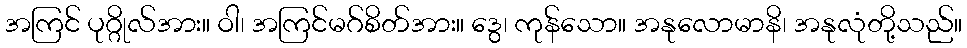
အကြင် ပုဂ္ဂိုလ်အား။ ဝါ၊ အကြင်မဂ်စိတ်အား။ ဒွေ၊ ကုန်သော။ အနုလောမာနိ၊ အနုလုံတို့သည်။